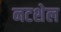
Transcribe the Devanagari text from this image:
नटशेल